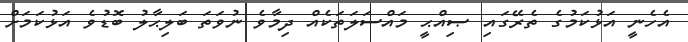
އެހެނީ އަޅުކަމުގެ ތެރޭގައި ޞިއްޙީ މައްސަލަތަކެއް ދިމާވެ ނުވަތަ ބަލިޙާލު ބޮޑުވެ އަޅުކަމަށް